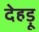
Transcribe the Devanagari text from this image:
देहड़ू